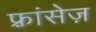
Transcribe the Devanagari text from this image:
फ़्रांसेज़